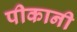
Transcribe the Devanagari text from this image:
पीकानी